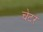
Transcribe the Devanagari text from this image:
चेटर